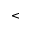
<